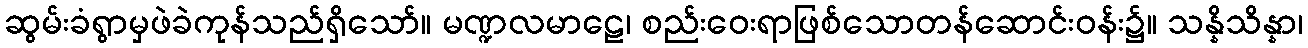
ဆွမ်းခံရွာမှဖဲခဲကုန်သည်ရှိသော်။ မဏ္ဍလမာဠေ၊ စည်းဝေးရာဖြစ်သောတန်ဆောင်းဝန်း၌။ သန္နိသိန္နာ၊